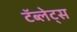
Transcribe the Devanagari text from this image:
टॅब्लेट्‍स